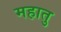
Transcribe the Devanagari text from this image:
महातु